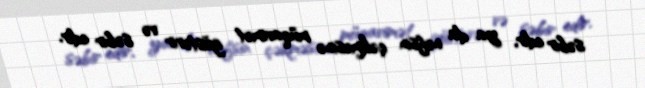
səbir edir, ya da nəfsin çəkməsinə müqavimət göstərir və səbir edir.